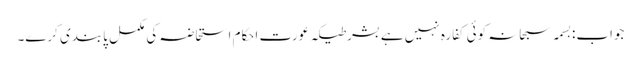
جواب:بسمہ سبحانہ کوئی کفارہ نہیں ہے بشرطیکہ عورت احکام استحاضہ کی مکمل پابندی کرے۔